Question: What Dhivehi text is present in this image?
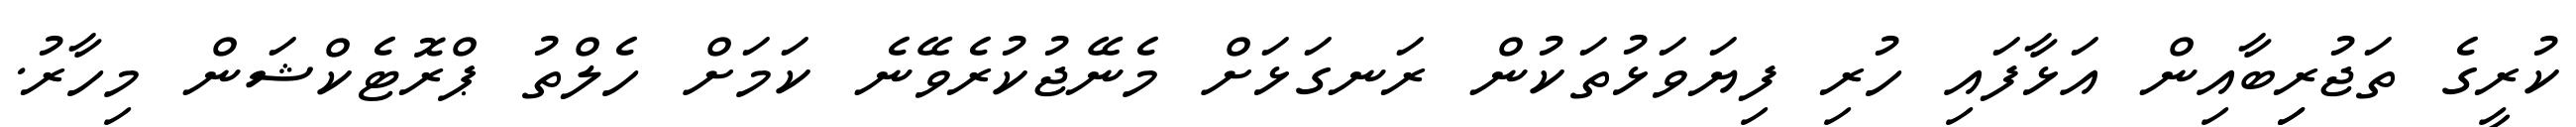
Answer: ކުރީގެ ތަޖުރިިބާއިން އަޅާފައި ހުރި ފިޔަވަޅުތަކުން ރަނގަޅަށް މެނޭޖުކުރެވޭނެ ކަމަށް ހެލްތު ޕްރޮޓެކްޝަން މިހާރު.